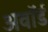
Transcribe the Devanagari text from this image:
अवाॅर्ड